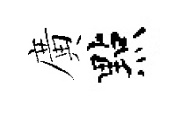
廣點